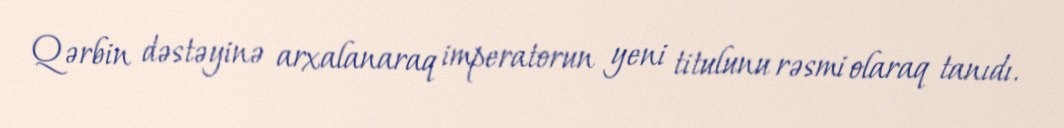
Qərbin dəstəyinə arxalanaraq imperatorun yeni titulunu rəsmi olaraq tanıdı.